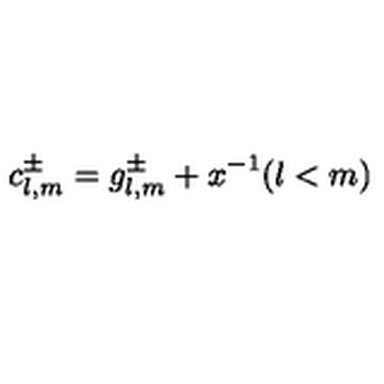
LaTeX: c _ { l , m } ^ { \pm } = g _ { l , m } ^ { \pm } + x ^ { - 1 } ( l < m )